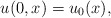
\begin{align*}u(0,x)=u_{0}(x),\end{align*}